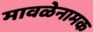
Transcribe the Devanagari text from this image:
मावळेनामक